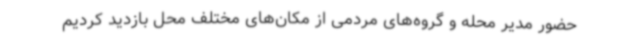
حضور مدیر محله و گروه‌های مردمی از مکان‌های مختلف محل بازدید کردیم